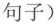
句子)